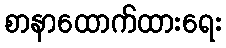
စာနာထောက်ထားရေး